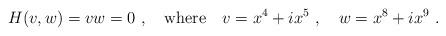
LaTeX: \begin{align*}H(v,w)=vw=0~, \quad \mbox{where}\quad v=x^4+ix^5~, \quad w=x^8+ix^9~.\end{align*}